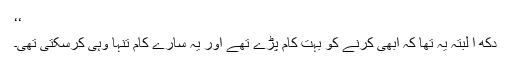
‘‘
دکھ ا لبتہ یہ تھا کہ ابھی کرنے کو بہت کام پڑے تھے اور یہ سارے کام تنہا وہی کرسکتی تھی۔